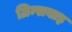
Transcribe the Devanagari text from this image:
ग्रिम्सबाइ